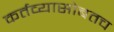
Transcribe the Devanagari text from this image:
कर्तव्यासोबतच